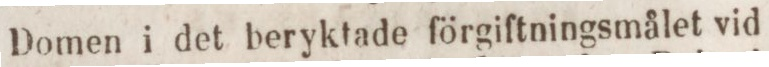
Domen i det beryktade förgiftningsmålet vid